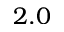
2 . 0